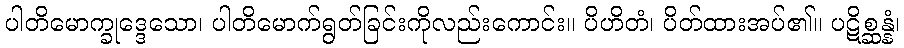
ပါတိမောက္ခုဒ္ဒေသော၊ ပါတိမောက်ရွတ်ခြင်းကိုလည်းကောင်း။ ပိဟိတံ၊ ပိတ်ထားအပ်၏။ ပဋိစ္ဆန္နံ၊